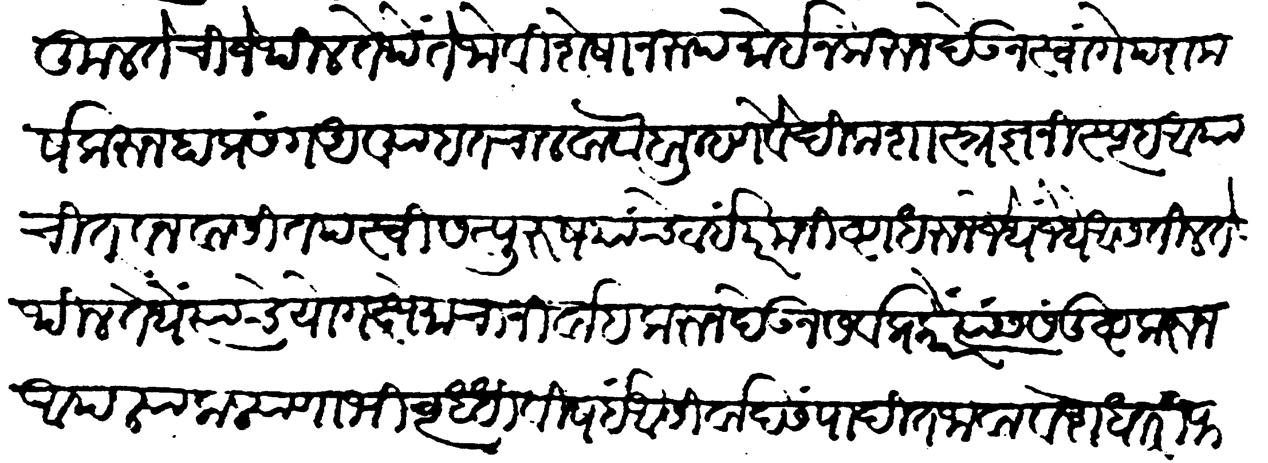
Transliteration (Devanagari): अनुकुलतेची जेथील तेथे ते जो विशेषानुरुप मोईन करुन देऊन स्वांगें परामर्ष करुन हा प्रसंग अव्याहत चालवावे ब्राह्मण-वैदिक शास्त्रज्ञ निःस्पृह अयाचित वनवासी तपस्वी सत्पुरुष यांचे ठाई परम निष्वा धरून जेथे जेथे आसतील तेथील तेथे त्यांचे योगक्षेमाचा निर्वाह करुन देऊन सर्व प्रकारें त्यास संतुष्ट करून आपल्या कल्याणा मिवृद्धी विषई आसिर्वाद संपादित जावा वेष्टाधारी फकीर